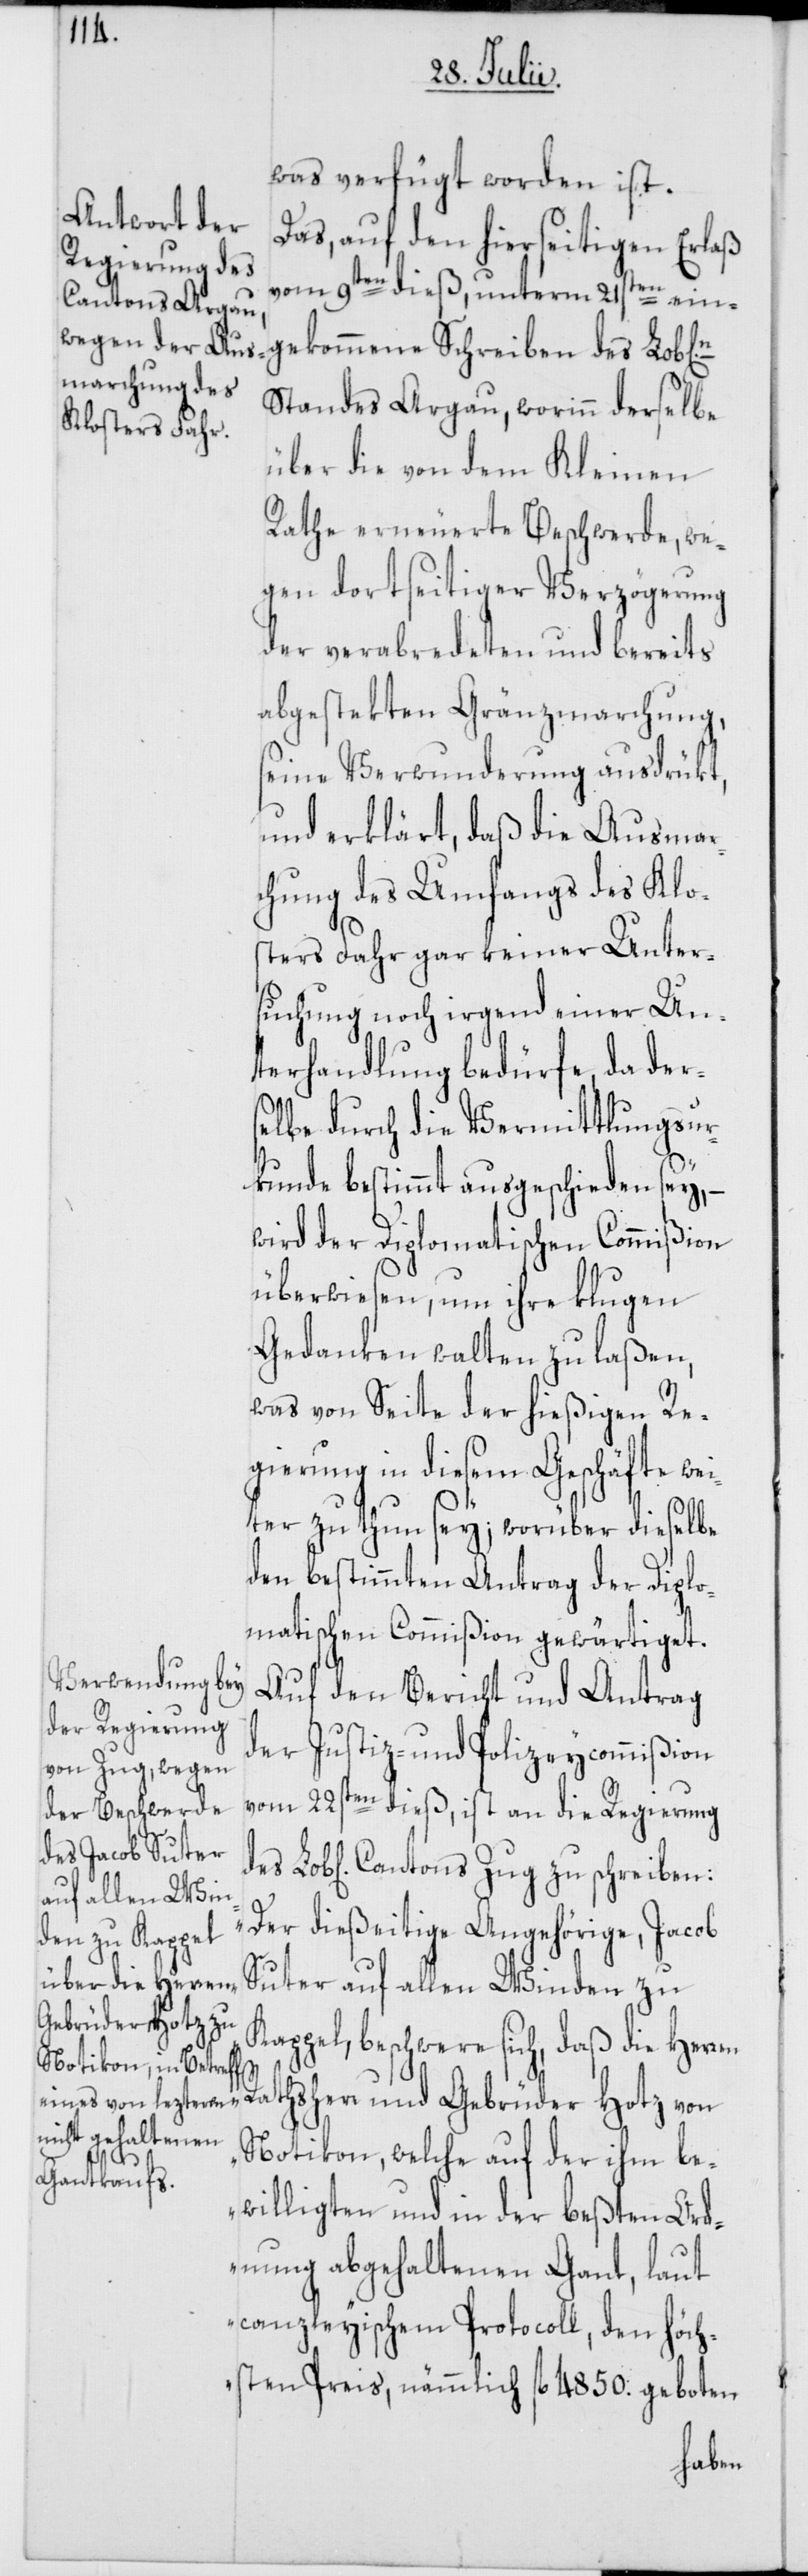
Cantons Zug zu

was verfügt worden ist.
Das, auf den hierseitigen Erlaß
vom 9ten dieß, unterm 21sten ein¬
gekommene Schreiben des Lob[li¬
Standes Argau, worinn derselbe
über die von dem Kleinen
Rathe erneuerte Beschwerde, we¬
gen dortseitiger Verzögerung
der verabredeten und bereits
abgestekten Gränzmarchung,
seine Verwunderung ausdrükt,
und erklärt, daß die Ausmar¬
chung des Umfangs des Klo¬
sters Fahr gar keiner Unter¬
suchung noch irgend einer Un¬
terhandlung bedürfe, da der¬
selbe durch die Vermittlungsur¬
kunde bestimmt ausgeschieden sey, –
wird der Diplomatischen Commißion
überwiesen, um ihre klugen
Gedanken walten zu laßen,
was von Seite der hießigen Re¬
gierung in diesem Geschäfte wei¬
ter zu thun sey; worüber dieselbe
den bestimmten Antrag der Diplo¬
matischen Commißion gewärtiget.
Auf den Bericht und Antrag
der Justiz- und Polizeycommißion
vom 22sten dieß, ist an die Regierung
„Der dießeitige Angehörige, Jacob
Suter auf allen Winden zu
Kappel, beschwere sich, daß die Herren
Rathsherr und Gebrüder Hotz von
Notikon, welche auf der ihm be¬
willigten und in der beßten Ord¬
nung abgehaltenen Gant, laut
canzleyischem Protocoll, den höch¬
sten Preis, nämmlich fl. 4850. geboten
che]n